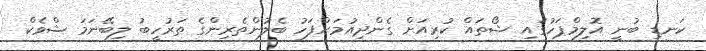
ކަނޑި ބުނީ އޮލިމްޕަހުގައި ޝޯތައް ކުރިއަށް ގެންދިއުމަށްފަހު ބެލުންތެރިންގެ ތަރުހީބު ލިބޭނަމަ ޝްވެކް